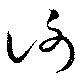
謝